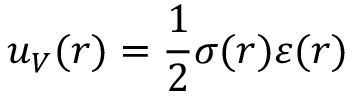
u _ { V } ( r ) = \frac 1 2 \sigma ( r ) \varepsilon ( r )